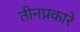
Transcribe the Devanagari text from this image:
तीनप्रकारे